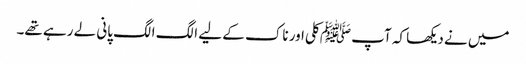
میں نے دیکھا کہ آپ ﷺ کلی اور ناک کے لیے الگ الگ پانی لے رہے تھے۔